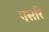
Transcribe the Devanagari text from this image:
पसरि